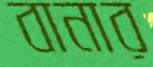
বানার